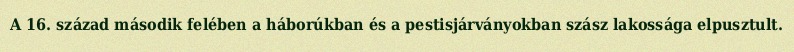
A 16. század második felében a háborúkban és a pestisjárványokban szász lakossága elpusztult.